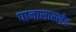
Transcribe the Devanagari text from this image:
पानासारखेच